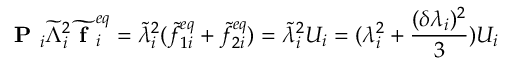
\textbf { P } _ { i } \widetilde { \Lambda } _ { i } ^ { 2 } \widetilde { \textbf { f } } _ { i } ^ { e q } = \widetilde { \lambda } _ { i } ^ { 2 } ( \widetilde { f } _ { 1 i } ^ { e q } + \widetilde { f } _ { 2 i } ^ { e q } ) = \widetilde { \lambda } _ { i } ^ { 2 } U _ { i } = ( \lambda _ { i } ^ { 2 } + \frac { ( \delta \lambda _ { i } ) ^ { 2 } } { 3 } ) U _ { i }